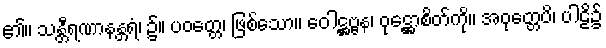
၏။ သန္တီရဏာနန္တရံ၊ ၌။ ပဝတ္တေ၊ ဖြစ်သော။ ဝေါဋ္ဌဗ္ဗန၊ ဝုဋ္ဌောစိတ်ကို။ အဝုတ္တေပိ၊ ပါဠိ၌